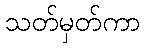
သတ်မှတ်ကာ